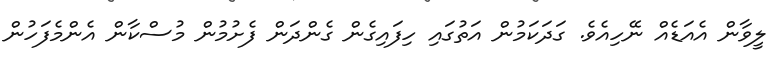
ލީވާން އެއަޑެއް ނޭހިއެވެ. ގަދަކަމުން އަތުގައި ހިފައިގެން ގެންދަން ފެށުމުން މުސްކާން އެންމެފަހުން